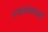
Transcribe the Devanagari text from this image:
उच्चशालाओं